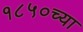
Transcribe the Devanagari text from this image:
१८५०च्या